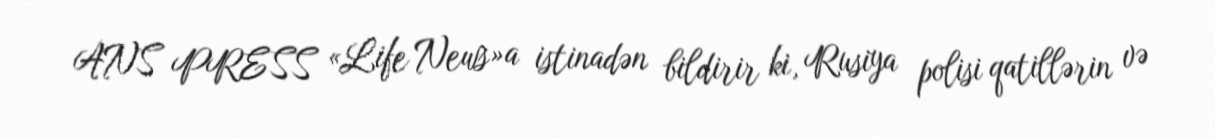
ANS PRESS «Life News»a istinadən bildirir ki, Rusiya polisi qatillərin və